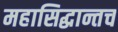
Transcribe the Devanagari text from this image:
महासिद्धान्तच